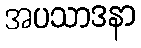
အပသာဒနာ